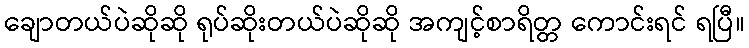
ချောတယ်ပဲဆိုဆို ရုပ်ဆိုးတယ်ပဲဆိုဆို အကျင့်စာရိတ္တ ကောင်းရင် ရပြီ။